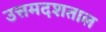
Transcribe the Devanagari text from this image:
उत्तमदशताल